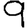
Digit: 9